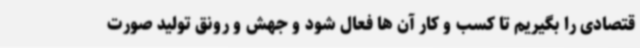
قتصادی را بگیریم تا کسب و کار آن ها فعال شود و جهش و رونق تولید صورت